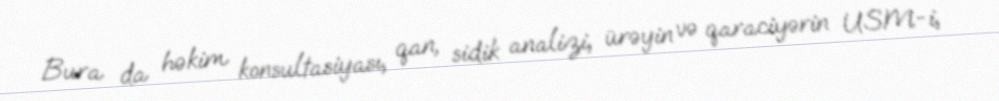
Bura da həkim konsultasiyası, qan, sidik analizi, ürəyin və qaraciyərin USM-i,